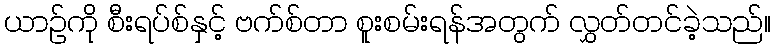
ယာဉ်ကို စီးရပ်စ်နှင့် ဗက်စ်တာ စူးစမ်းရန်အတွက် လွှတ်တင်ခဲ့သည်။